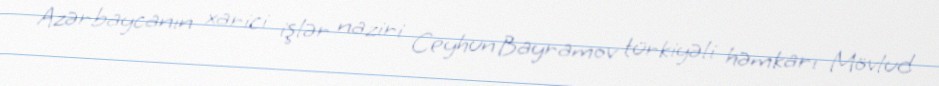
Azərbaycanın xarici işlər naziri Ceyhun Bayramov türkiyəli həmkarı Mövlud